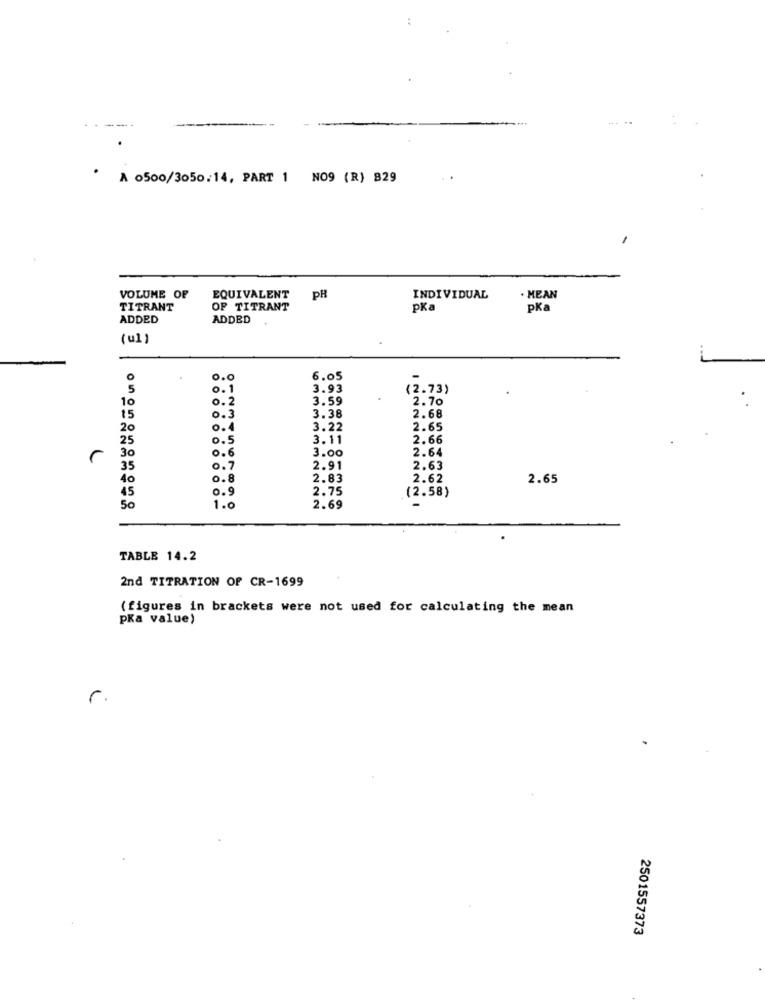
.
A 0500/3050.14, PART 1 NO9 (R) 829
VOLUME OF
EQUIVALENT
PR
INDIVIDUAL
.MEAN
TITRANT
OF TITRANT
pKa
pka
ADDED
ADDED
( ul )
0.0
6.05
0.1
3.93
(2.73)
10
0.2
3.59
2.70
15
0.3
3.38
2.68
20
0.4
3.22
2.65
25
0.5
3.11
2.66
3.00
2.64
r
30
0.6
35
0.7
2.91
2.63
40
0.8
2.83
2.62
2.65
2.75
45
0.9
(2.58)
50
1.6
2.69
TABLE 14.2
2nd TITRATION OF CR-1699
( figures in brackets were not used for calculating the mean
pKa value)
r.
2501557373